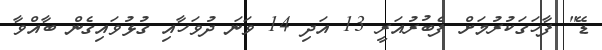
ޑޭ" ފާހަގަކުރުމަށް ފެބުރުއަރީ 13 އަދި 14 ވަނަ ދުވަހާއި ގުޅުވައިގެން ބާއްވާ